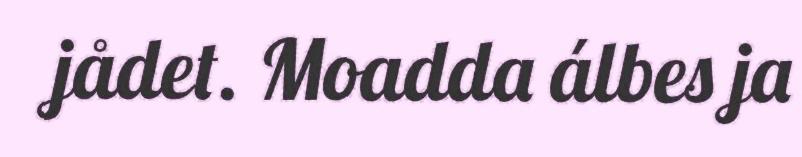
jådet. Moadda álbes ja